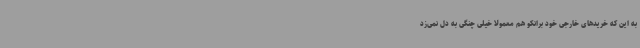
به این که خریدهای خارجی خود برانکو هم معمولا خیلی چنگی به دل نمی‌زد